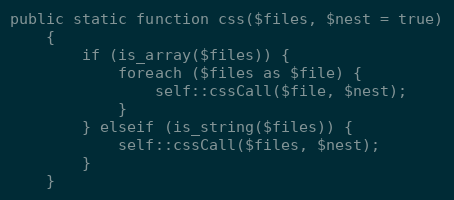
Language: PHP
public static function css($files, $nest = true)
    {
        if (is_array($files)) {
            foreach ($files as $file) {
                self::cssCall($file, $nest);
            }
        } elseif (is_string($files)) {
            self::cssCall($files, $nest);
        }
    }